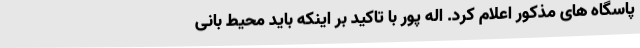
پاسگاه های مذکور اعلام کرد. اله پور با تاکید بر اینکه باید محیط بانی